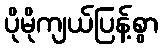
ပိုမိုကျယ်ပြန့်စွာ